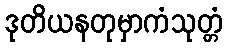
ဒုတိယနတုမှာကံသုတ္တံ